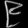
Digit: ၉